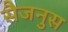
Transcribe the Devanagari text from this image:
सैजनुस